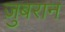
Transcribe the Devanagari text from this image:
ज़ुबरान